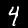
Label: 4